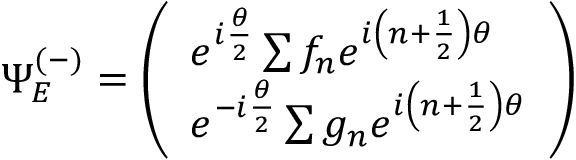
\Psi _ { E } ^ { ( - ) } = \left( \begin{array} { l } { { e ^ { i \frac { \theta } { 2 } } \sum f _ { n } e ^ { i \left( n + \frac { 1 } { 2 } \right) \theta } } } \\ { { e ^ { - i \frac { \theta } { 2 } } \sum g _ { n } e ^ { i \left( n + \frac { 1 } { 2 } \right) \theta } } } \end{array} \right)